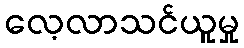
လေ့လာသင်ယူမှု